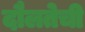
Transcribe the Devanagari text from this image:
दौलतेची